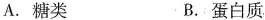
A.糖类 B.蛋白质